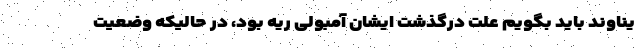
یناوند باید بگویم علت درگذشت ایشان آمبولی ریه بود، در حالیکه وضعیت